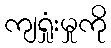
ကျရှုံးမှုကို